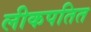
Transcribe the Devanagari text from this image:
लीकपतित